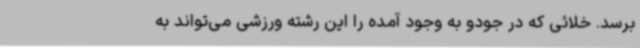
برسد. خلائی که در جودو به وجود آمده را این رشته ورزشی می‌تواند به